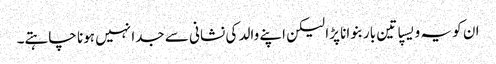
ان کو یہ ویسپا تین بار بنوانا پڑا لیکن اپنے والد کی نشانی سے جدا نہیں ہونا چاہتے۔